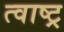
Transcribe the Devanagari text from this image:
त्वाष्ट्र